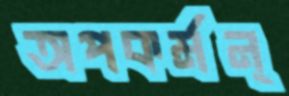
অপকর্মন্